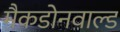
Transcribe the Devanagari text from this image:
मैकडोनवाल्ड